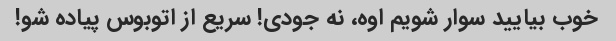
خوب بیایید سوار شویم اوه، نه جودی! سریع از اتوبوس پیاده شو!